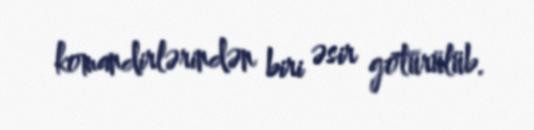
komandirlərindən biri əsir götürülüb.